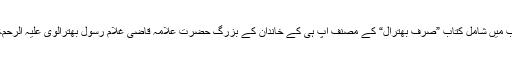
مدارس کے نصاب میں شامل کتاب ”صرف بھترال“ کے مصنف آپ ہی کے خاندان کے بزرگ حضرت علامہ قاضی غلام رسول بھترالوی علیہ الرحمۃ والرضوان تھے۔